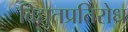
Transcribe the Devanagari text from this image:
विद्युतप्रतिरोध